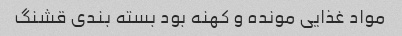
مواد غذایی مونده و کهنه بود بسته بندی قشنگ